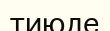
тиюде